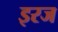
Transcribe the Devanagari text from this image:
इरज